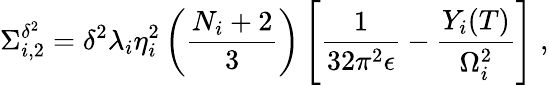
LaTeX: \Sigma_{i,2}^{\delta^{2}}=\delta^{2}\lambda_{i}\eta_{i}^{2}\left(\frac{N_{i}+2}{3}\right)\left[\frac{1}{32\pi^{2}\epsilon}-\frac{Y_{i}(T)}{\Omega_{i}^{2}}\right]\; ,